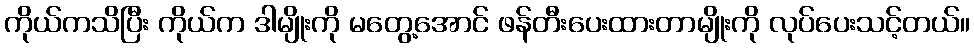
ကိုယ်ကသိပြီး ကိုယ်က ဒါမျိုးကို မတွေ့အောင် ဖန်တီးပေးထားတာမျိုးကို လုပ်ပေးသင့်တယ်။